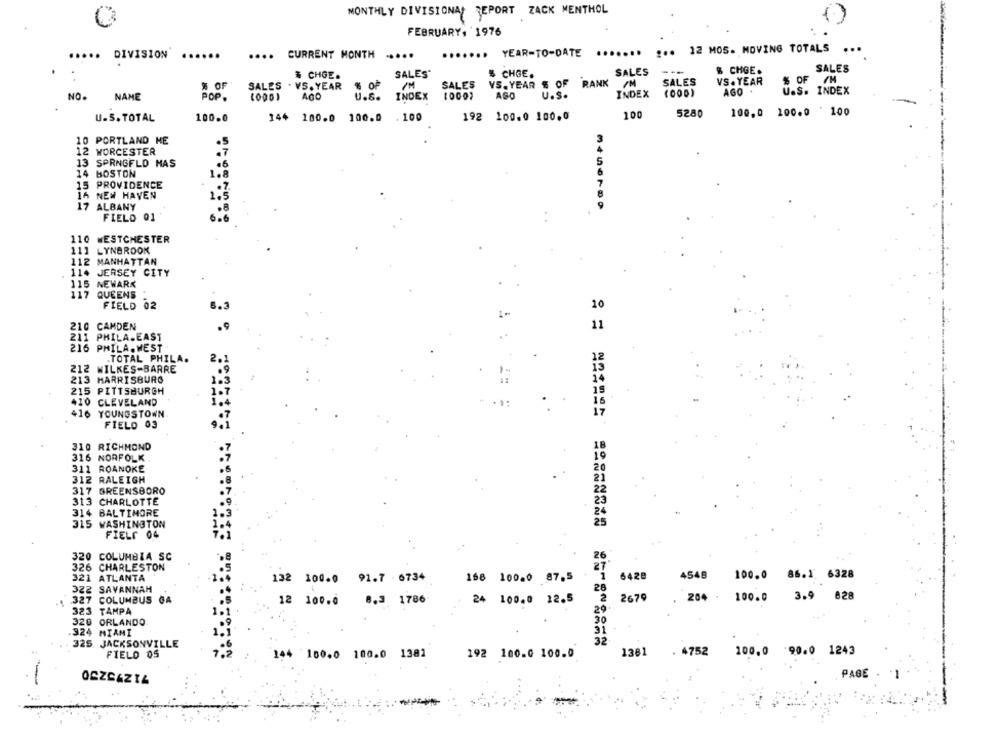
MONTHLY DIVISIONAL REPORT ZACK MENTHOL
FEBRUARY, 1976
....... YEAR-TO-DATE
....... ... 12 MOS- MOVING TOTALS
...
.....
DIVISION
.... CURRENT MONTH
....
SALES
$ CHGE.
SALES*
% CHGE.
SALES
& CHGE.
VS. YEAR $ OF RANK /M
SALES
VS. YEAR
% OF /H
# OF
SALES . VS. YEAR
SALES
AGO +
U.S. INDEX
NO.
NAME
POP.
AGO
U.6.
INDEX
1000;
AGO
U.S.
INDEX
(000)
100,0 100.0 ' 100
U.S. TOTAL
100.0
144 100.0 100.0
. 100
192 100.0 100.0
100
5280
10 PORTLAND HE
12 WORCESTER
13 SPRNGFLO MAS
14 BOSTON
15 PROVIDENCE
16 NEW HAVEN
17 ALBANY
FIELD 01
110 WESTCHESTER
111 LYNBROOK
112 MANHATTAN
114 JERSEY CITY
115 NEWARK
117 QUEENS
FIELD 02
10
210 CAMDEN
11
211 PHILA.EAST
216 PHILA. WEST
.TOTAL PHILA.
212 WILKES-BARRE
213 HARRISBURG
215 PITTSBURGH
410 CLEVELAND
416 YOUNGSTOWN
FIELD 03
310 RICHMOND
316 NORFOLK
311 ROANOKE
312 RALEIGH
317 GREENSBORO
313 CHARLOTTE
314 BALTIMORE
315 WASHINGTON
FIELE 04
320 COLUMBIA SC
326 CHARLESTON
321 ATLANTA
132 100.0 91.7 - 6734
168 100.0 87.5
6428
4548
100.0 86.1 6328
322
SAVANNAH
327
COLUMBUS GA
12 100.0 0.3 1786
24 100.0 12.5
2679
204 . 100.0
3.9 828
323
TAMPA
320
ORLANDO
324 MIAMI
325 JACKSONVILLE
= = ====== ======== =========
FIELD OS
1381 . 4752 100.0
90.0 1243
144 100.0 100.0 1381
192 100.0 100.0
PAGE
OCZSAZIA